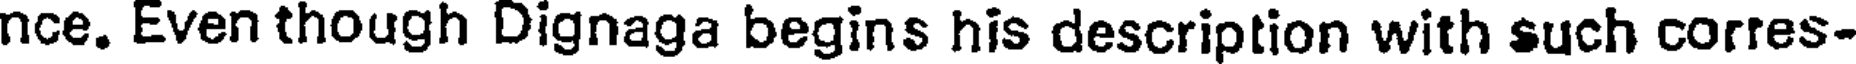
nce. Even though Dignaga begins his description with such corres-